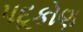
પદૂકોણ